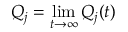
Q _ { j } = \operatorname* { l i m } _ { t \to \infty } Q _ { j } ( t )